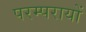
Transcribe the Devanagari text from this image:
परम्परायों